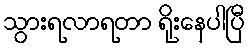
သွားရလာရတာ ရိုးနေပါပြီ